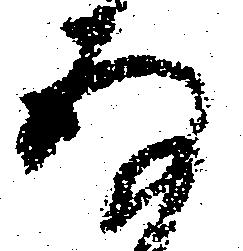
存